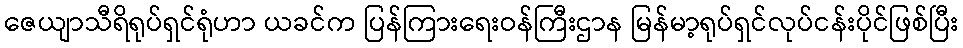
ဇေယျာသီရိရုပ်ရှင်ရုံဟာ ယခင်က ပြန်ကြားရေးဝန်ကြီးဌာန မြန်မာ့ရုပ်ရှင်လုပ်ငန်းပိုင်ဖြစ်ပြီး